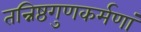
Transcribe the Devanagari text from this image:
तन्निष्ठगुणकर्मणां